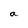
Character: a